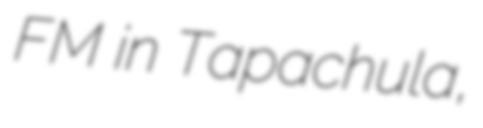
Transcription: FM in Tapachula,